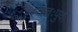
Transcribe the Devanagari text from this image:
स्वतःपुर्वी